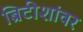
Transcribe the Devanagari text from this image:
ब्रिटीशांवर